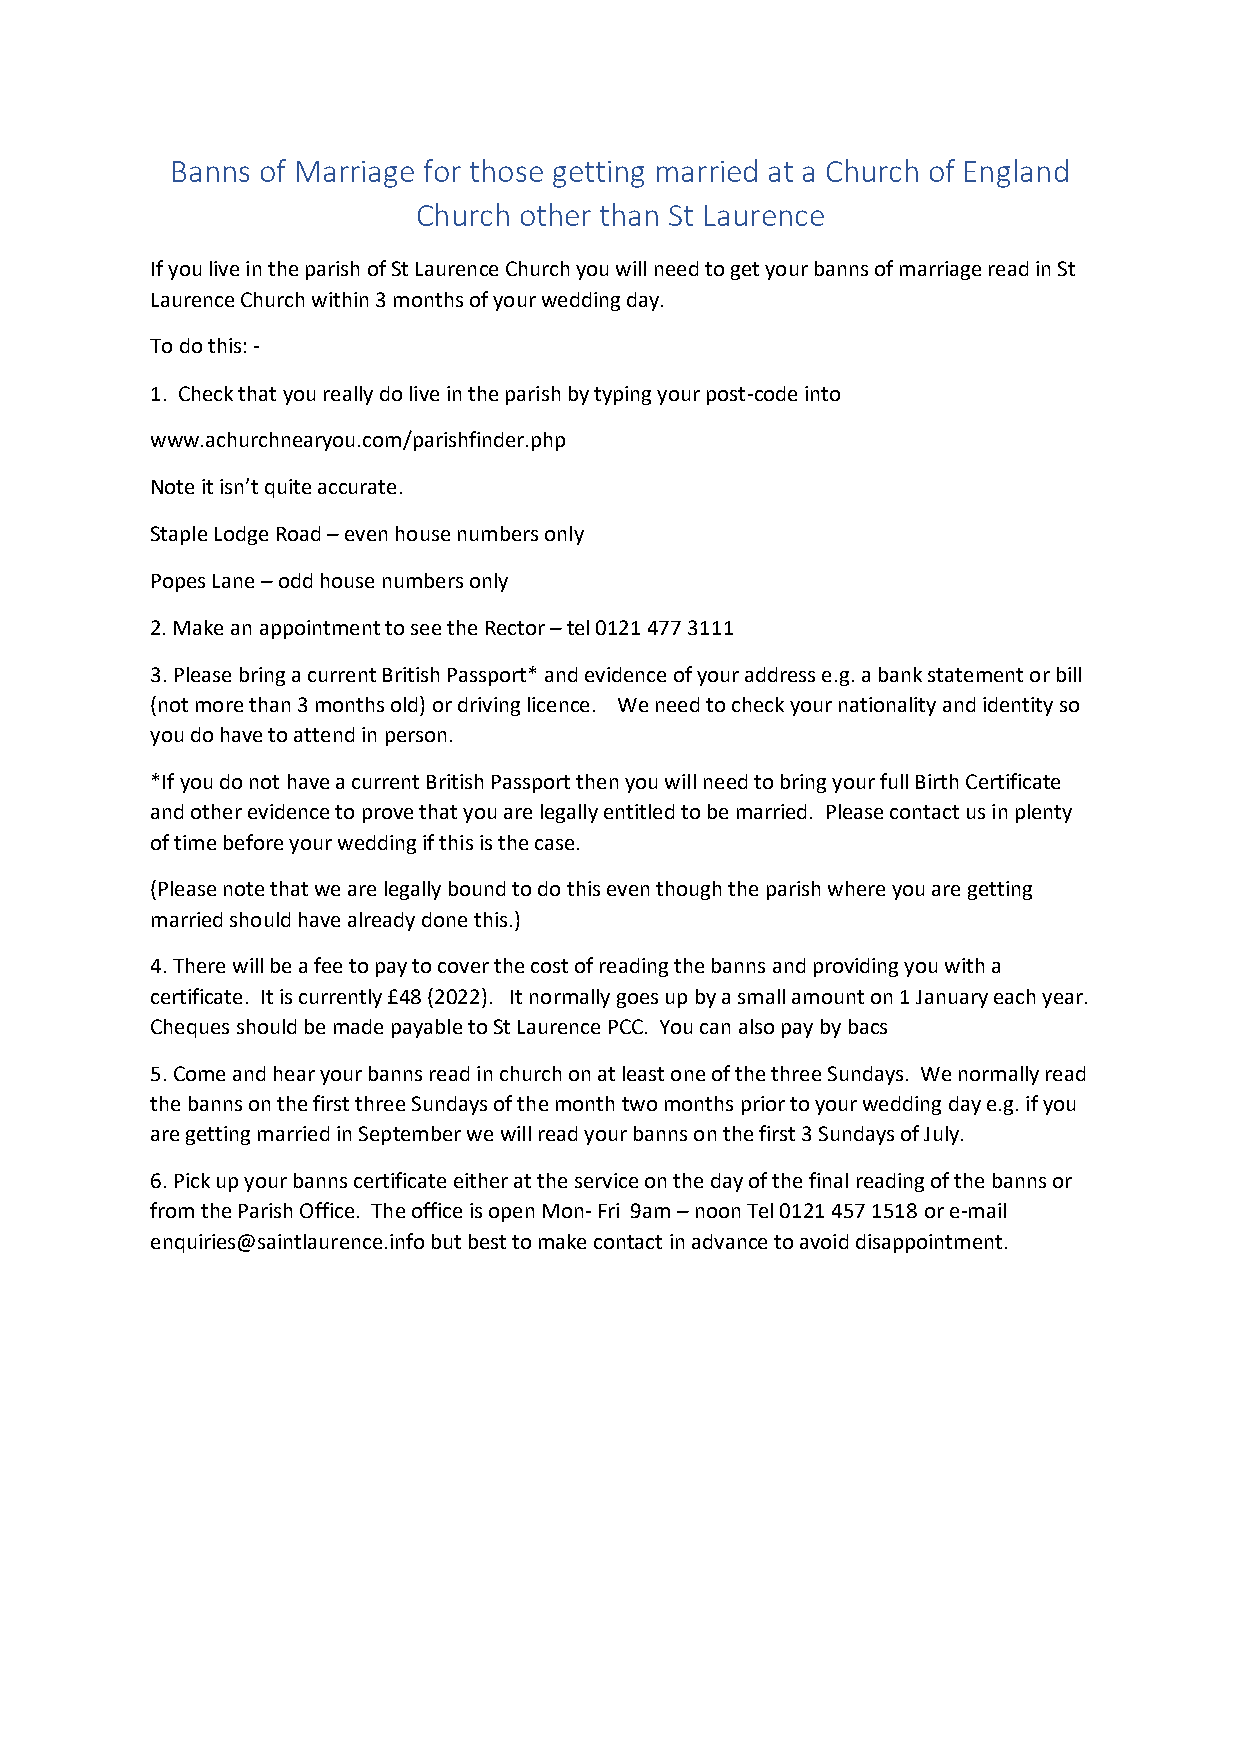
Banns of Marriage for those getting married at a Church of England
 Church other than St Laurence
 If you live in the parish of St Laurence Church you will need to get your banns of marriage read in St
 Laurence Church within 3 months of your wedding day.
 To do this: -
 1. Check that you really do live in the parish by typing your post-code into
 www.achurchnearyou.com/parishfinder.php
 Note it isn’t quite accurate.
 Staple Lodge Road – even house numbers only
 Popes Lane – odd house numbers only
 2. Make an appointment to see the Rector – tel 0121 477 3111
 3. Please bring a current British Passport* and evidence of your address e.g. a bank statement or bill
 (not more than 3 months old) or driving licence. We need to check your nationality and identity so
 you do have to attend in person.
 *If you do not have a current British Passport then you will need to bring your full Birth Certificate
 and other evidence to prove that you are legally entitled to be married. Please contact us in plenty
 of time before your wedding if this is the case.
 (Please note that we are legally bound to do this even though the parish where you are getting
 married should have already done this.)
 4. There will be a fee to pay to cover the cost of reading the banns and providing you with a
 certificate. It is currently £48 (2022). It normally goes up by a small amount on 1 January each year.
 Cheques should be made payable to St Laurence PCC. You can also pay by bacs
 5. Come and hear your banns read in church on at least one of the three Sundays. We normally read
 the banns on the first three Sundays of the month two months prior to your wedding day e.g. if you
 are getting married in September we will read your banns on the first 3 Sundays of July.
 6. Pick up your banns certificate either at the service on the day of the final reading of the banns or
 from the Parish Office. The office is open Mon- Fri 9am – noon Tel 0121 457 1518 or e-mail
 enquiries@saintlaurence.info but best to make contact in advance to avoid disappointment.